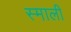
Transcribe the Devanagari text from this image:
स्माली